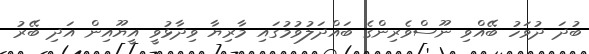
ބުދަ ދުވަހު ބޭއްވި ނޫސްވެރިންގެ ބައްދަލުވުމުގައި މާރިޔާ ވިދާޅުވީ އީޔޫއިން އަދި ބޭރު